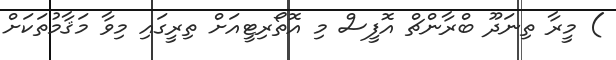
) މީރާ ތިނަދޫ ބްރާންޗް އޮފީސް މި އޮތޯރިޓީއަށް ތިރީގައި މިވާ މަޤާމުތަކަށް